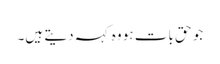
جو حق بات ہو وہ کہہ دیتے ہیں۔